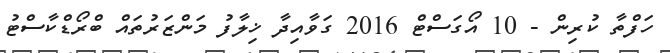
ހަފްތާ ކުރިން - 10 އޯގަސްޓް 2016 ގަވާއިދާ ޚިލާފު މަންޒަރުތައް ބްރޯޑްކާސްޓު